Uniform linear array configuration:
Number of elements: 4
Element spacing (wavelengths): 0.75
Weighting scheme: cosine
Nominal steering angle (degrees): -45
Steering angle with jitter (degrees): -45.165
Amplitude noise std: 0.05
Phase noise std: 0.05

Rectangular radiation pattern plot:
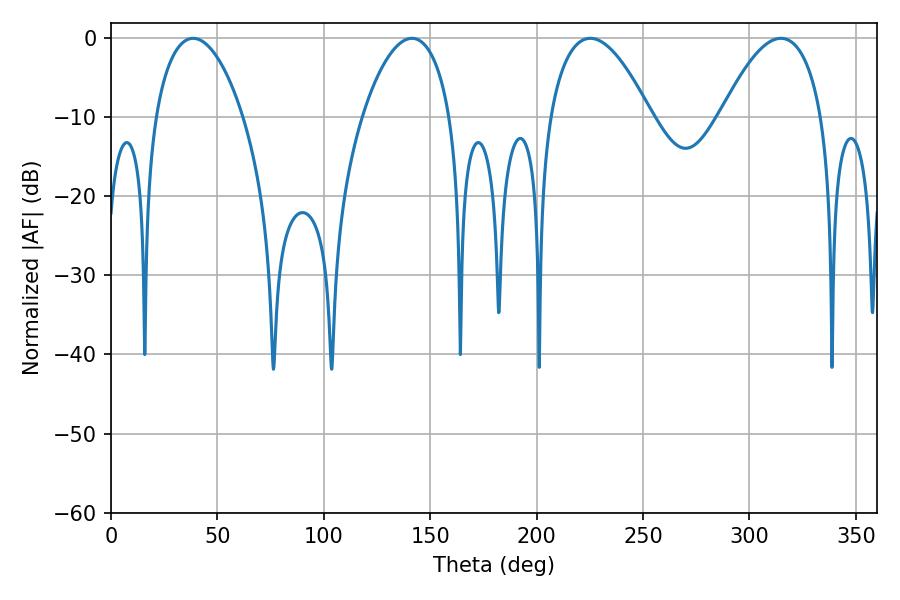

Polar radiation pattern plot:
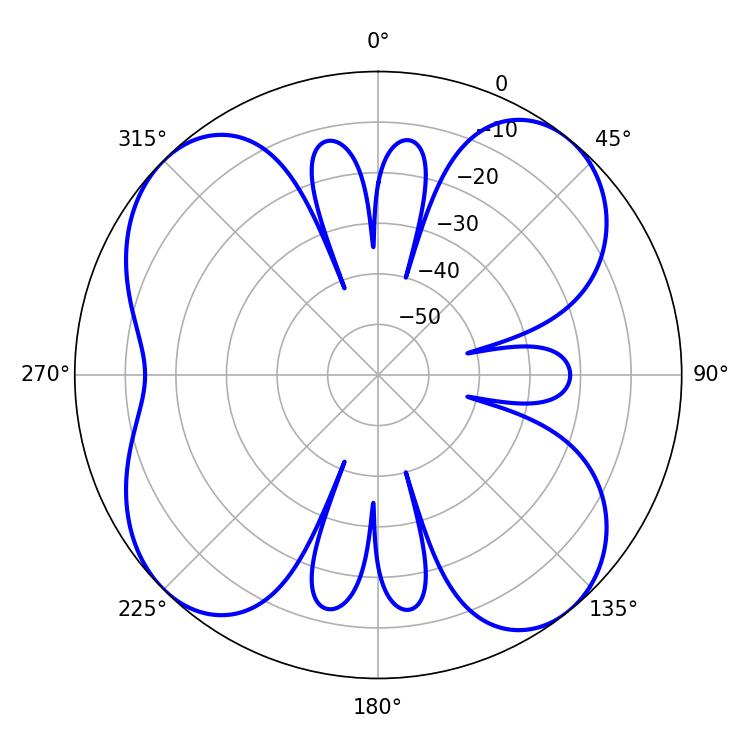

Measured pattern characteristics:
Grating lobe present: TRUE
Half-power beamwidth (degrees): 26.28
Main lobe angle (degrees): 225.18